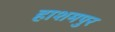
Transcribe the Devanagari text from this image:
हाशमपुर